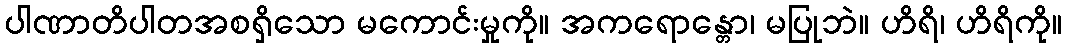
ပါဏာတိပါတအစရှိသော မကောင်းမှုကို။ အကရောန္တော၊ မပြုဘဲ။ ဟိရိ၊ ဟိရိကို။